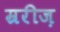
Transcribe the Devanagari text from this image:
म्ररीज़